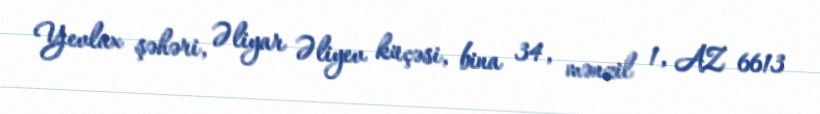
Yevlax şəhəri, Əliyar Əliyev küçəsi, bina 34, mənzil 1, AZ 6613